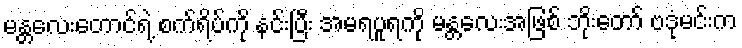
မန္တလေးတောင်ရဲ့ စက်ရိပ်ကို နင်းပြီး အမရပူရကို မန္တလေးအဖြစ် ဘိုးတော် ဗဒုံမင်းက